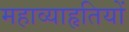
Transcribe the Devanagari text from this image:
महाव्याहृतियों